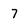
Character: 7